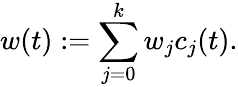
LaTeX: w(t):=\sum_{j=0}^{k}w_{j}c_{j}(t).